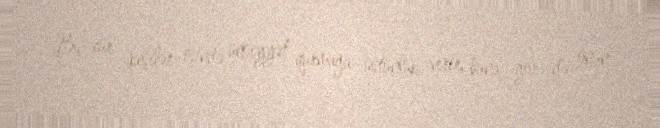
Bu cür kişilər işində ünsiyyət qurmağa üstünlük verir, buna görə də onun